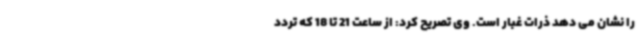
را نشان می دهد ذرات غبار است. وی تصریح کرد: از ساعت 21 تا 18 که تردد